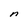
Character: n